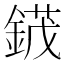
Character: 𬫯